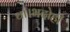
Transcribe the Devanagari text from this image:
था।भदोही